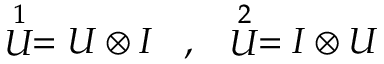
\begin{array} { c c } { { \stackrel { 1 } { U } = U \otimes I \; \; \; , } } & { { \stackrel { 2 } { U } = I \otimes U } } \end{array}